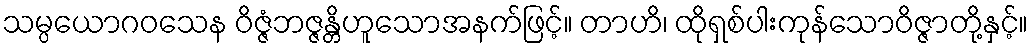
သမ္ပယောဂဝသေန ဝိဇ္ဇံဘဇ္ဇန္တိဟူသောအနက်ဖြင့်။ တာဟိ၊ ထိုရှစ်ပါးကုန်သောဝိဇ္ဇာတို့နှင့်။